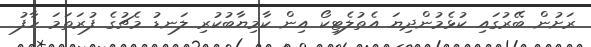
ރަށުން ބޭރުގައި ކުޅެމުންދިޔަ އެތުލެޓިކޯ އިން ކާމިޔާބުކުރި ލަނޑު މެޗުގެ ފުރަތަމަ ހާފު